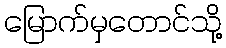
မြောက်မှတောင်သို့